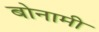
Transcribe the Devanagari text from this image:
बोनामी